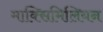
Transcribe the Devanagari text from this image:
माक्सिमिलियन